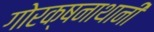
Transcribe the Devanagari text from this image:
गोरक्षनाथानी